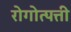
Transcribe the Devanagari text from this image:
रोगोत्पत्ती